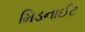
મિડનાઈટ